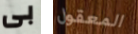
بى المعقول